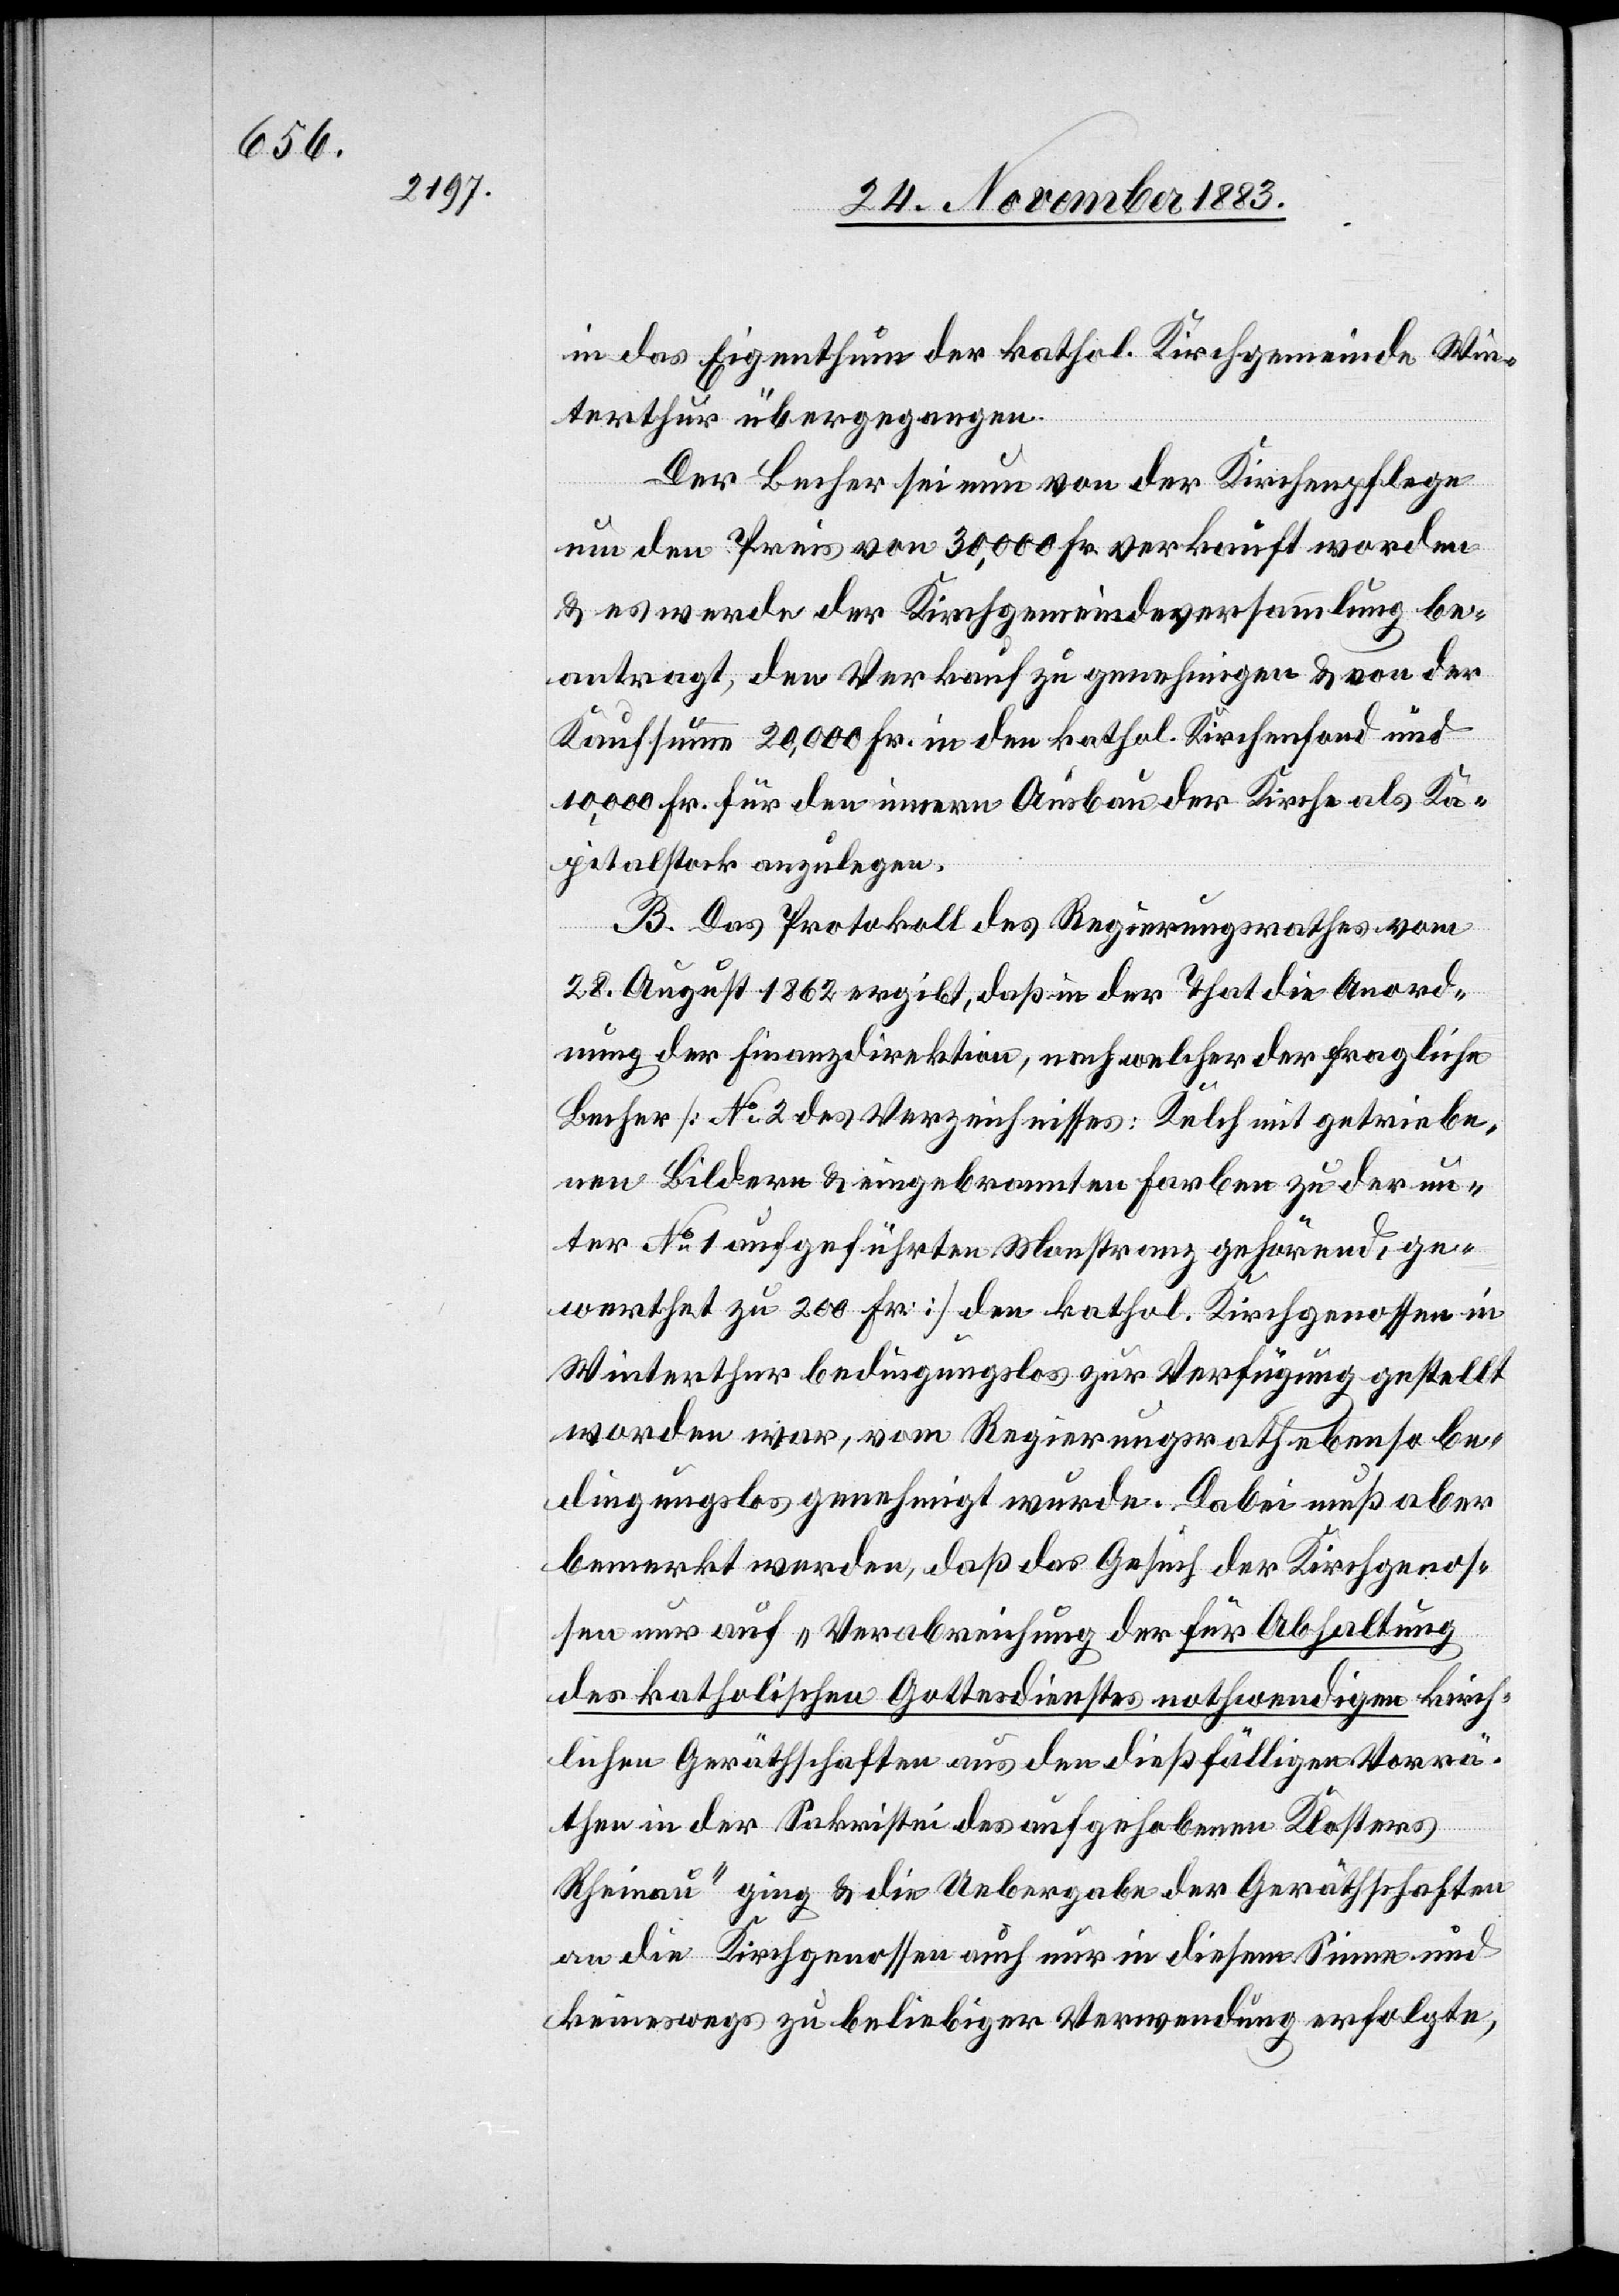
in das Eigenthum der kathol. Kirchgemeinde Win¬
terthur übergegangen.
Der Becher sei nun von der Kirchenpflege
um den Preis von 30,000 Fr. verkauft worden
& es werde die Kirchgemeindeversammlung be¬
antragt, den Verkauf zu genehmigen & von der
Kaufsumme 20,000 Fr. in den kathol. Kirchenfond und
10,000 Fr. für den innern Ausbau der Kirche als Ka¬
pitalstock anzulegen.
B. Das Protokoll des Regierungsrathes vom
28. August 1862 ergibt, daß in der That die Anord¬
nung der Finanzdirektion, nach welcher der fragliche
Becher [No 2 des Verzeichnisses: Kelch mit getriebe¬
nen Bildern & eingebrannten Farben zu der un¬
ter No 1 aufgeführten Monstranz gehörend, ge¬
werthet zu 200 Fr.] den kathol. Kirchgenossen in
Winterthur bedingungslos zur Verfügung gestellt
worden war, vom Regierungsrath ebenso be¬
dingungslos genehmigt wurde. Dabei muß aber
bemerkt werde, daß das Gesuch der Kirchgenos¬
sen nur auf „Verabreichung der für Abhaltung
des katholischen Gottesdienstes nothwendigen kirch¬
lichen Geräthschaften aus den dießfälligen Vorrä¬
then in der Sakristei des aufgehobenen Klosters
Rheinau“ ging & die Uebergabe der Geräthschaften
an die Kirchgenossen auch nur in diesem Sinne und
keineswegs zu beliebiger Verwendung erfolgte,